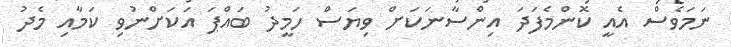
ނަމަވެސް އެއީ ކޮންމެފަދަ އިންސާނަކަށް ވިޔަސް ހަމީދު ބައްޕަ އަކަށްނުވި ކަމާއި މެދު